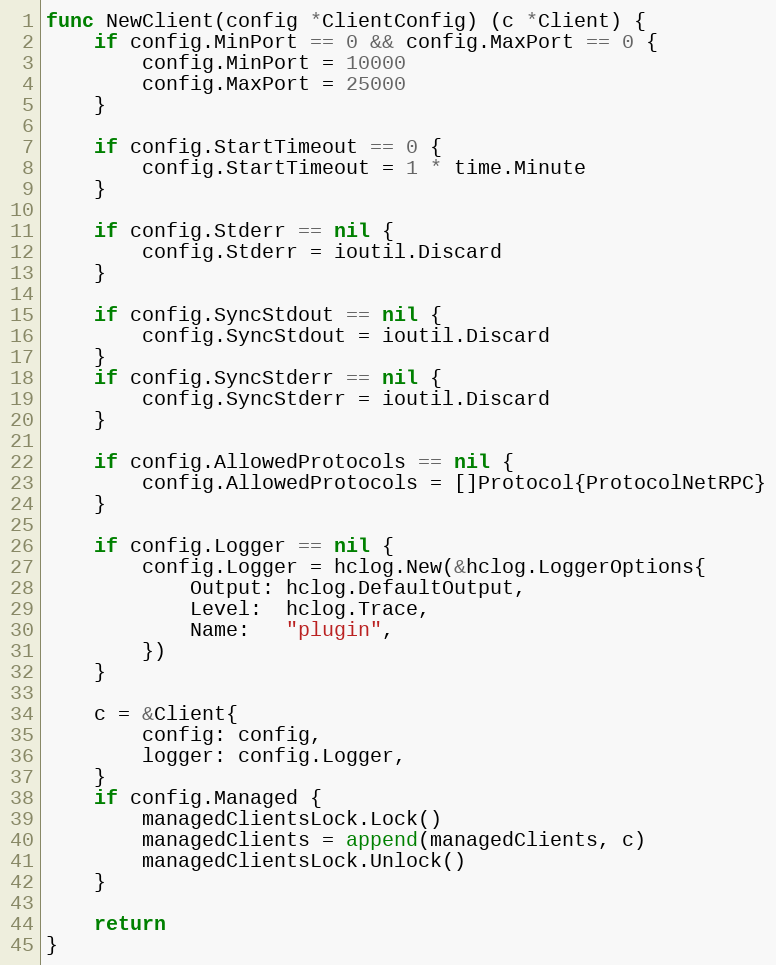
Language: Go
func NewClient(config *ClientConfig) (c *Client) {
	if config.MinPort == 0 && config.MaxPort == 0 {
		config.MinPort = 10000
		config.MaxPort = 25000
	}

	if config.StartTimeout == 0 {
		config.StartTimeout = 1 * time.Minute
	}

	if config.Stderr == nil {
		config.Stderr = ioutil.Discard
	}

	if config.SyncStdout == nil {
		config.SyncStdout = ioutil.Discard
	}
	if config.SyncStderr == nil {
		config.SyncStderr = ioutil.Discard
	}

	if config.AllowedProtocols == nil {
		config.AllowedProtocols = []Protocol{ProtocolNetRPC}
	}

	if config.Logger == nil {
		config.Logger = hclog.New(&hclog.LoggerOptions{
			Output: hclog.DefaultOutput,
			Level:  hclog.Trace,
			Name:   "plugin",
		})
	}

	c = &Client{
		config: config,
		logger: config.Logger,
	}
	if config.Managed {
		managedClientsLock.Lock()
		managedClients = append(managedClients, c)
		managedClientsLock.Unlock()
	}

	return
}